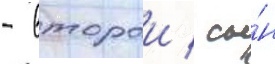
- второи / сы́н